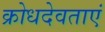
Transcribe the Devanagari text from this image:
क्रोधदेवताएं